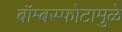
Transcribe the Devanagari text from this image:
बॉम्बस्फोटामुळे